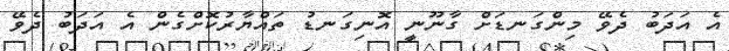
އެ އަދަބު ދެވޭ މިންގަނޑަށް ގާނޫނީ އޮނިގަނޑު ތައްޔާރުކޮށްގެން އެ އަދަބު ދެވޭ